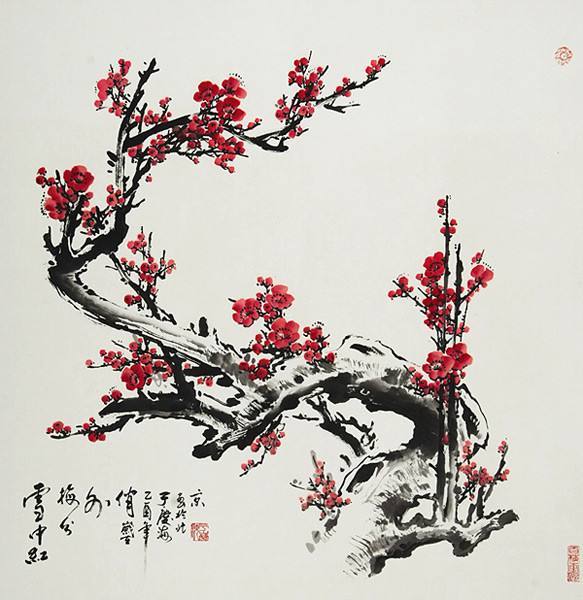
有梅无雪不精神，有雪无诗俗了人。